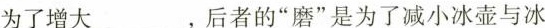
为了增大_________，后者的”磨”是为了减小冰壶与冰